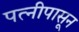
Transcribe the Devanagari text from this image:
पत्‍नीपासून